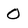
Character: 0